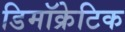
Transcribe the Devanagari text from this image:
डिमॉक्रेटिक